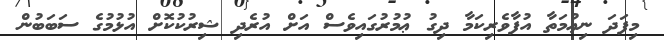
މިފަދަ ނިޢުމަތާ އުފާވެރިކަމާ ދިގު ޢުުމުރުގައިވެސް އަށް އުރެދި ޝިރުކުކޮށް އުޅުމުގެ ސަބަބުން